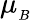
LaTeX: \mu_{_B}